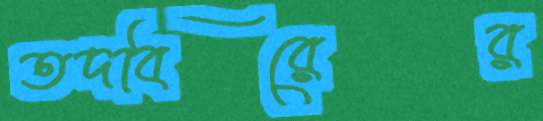
তদবিরের